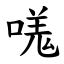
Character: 嗴